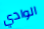
الوادي